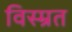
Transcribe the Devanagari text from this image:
विस्म्रत